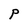
Character: P